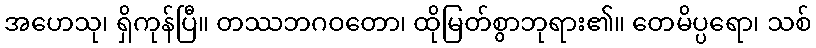
အဟေသု၊ ရှိကုန်ပြီ။ တဿဘဂဝတော၊ ထိုမြတ်စွာဘုရား၏။ တေမိပ္ပရော၊ သစ်